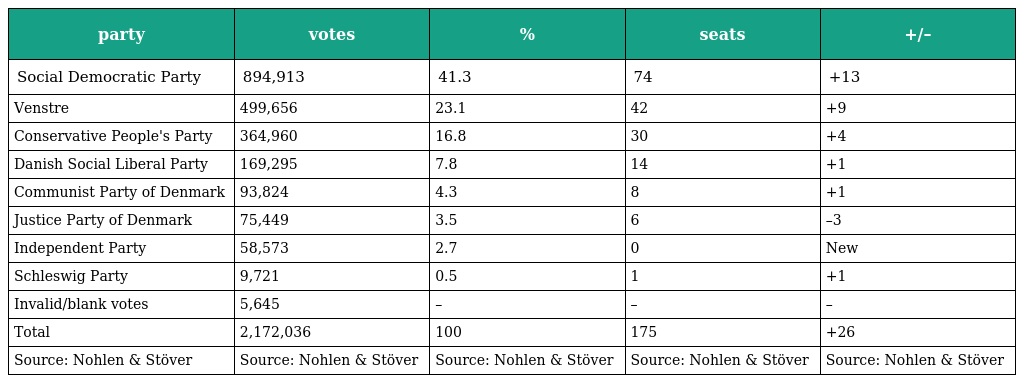
| party | votes | % | seats | +/– |
 | --- | --- | --- | --- | --- |
 | Social Democratic Party | 894,913 | 41.3 | 74 | +13 |
 | Venstre | 499,656 | 23.1 | 42 | +9 |
 | Conservative People's Party | 364,960 | 16.8 | 30 | +4 |
 | Danish Social Liberal Party | 169,295 | 7.8 | 14 | +1 |
 | Communist Party of Denmark | 93,824 | 4.3 | 8 | +1 |
 | Justice Party of Denmark | 75,449 | 3.5 | 6 | –3 |
 | Independent Party | 58,573 | 2.7 | 0 | New |
 | Schleswig Party | 9,721 | 0.5 | 1 | +1 |
 | Invalid/blank votes | 5,645 | – | – | – |
 | Total | 2,172,036 | 100 | 175 | +26 |
 | Source: Nohlen & Stöver | Source: Nohlen & Stöver | Source: Nohlen & Stöver | Source: Nohlen & Stöver | Source: Nohlen & Stöver |